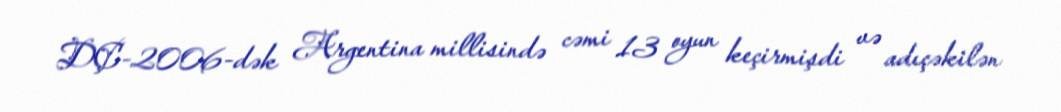
DÇ-2006-dək Argentina millisində cəmi 13 oyun keçirmişdi və adıçəkilən